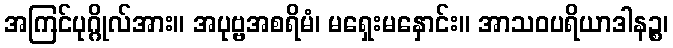
အကြင်ပုဂ္ဂိုလ်အား။ အပုဗ္ဗအစရိမံ၊ မရှေးမနှောင်း။ အာသဝပရိယာဒါနဉ္စ၊